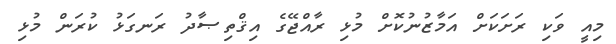
މިއީ ވަކި ރަށަކަށް އަމާޒުނުކޮށް މުޅި ރާއްޖޭގެ އިޤްތިޞާދު ރަނގަޅު ކުރަން މުޅި